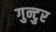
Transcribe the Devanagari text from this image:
गुन्टुर